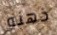
ذهنه